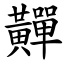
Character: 䵐